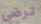
ترضى